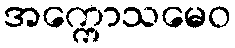
အက္ကောသမေဝ